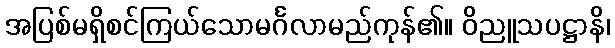
အပြစ်မရှိစင်ကြယ်သောမင်္ဂလာမည်ကုန်၏။ ဝိညူသပဋ္ဌာနိ၊